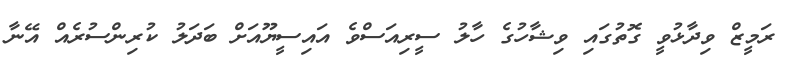
ރަމީޒް ވިދާޅުވީ ގޮތުގައި ވިޝާހުގެ ހާލު ސީރިއަސްވެ އައިސީޔޫއަށް ބަދަލު ކުރިންސުރެއް އޭނާ